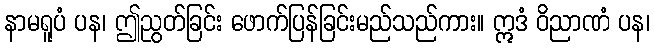
နာမရူပံ ပန၊ ဤညွတ်ခြင်း ဖောက်ပြန်ခြင်းမည်သည်ကား။ ဣဒံ ဝိညာဏံ ပန၊